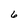
Character: 6